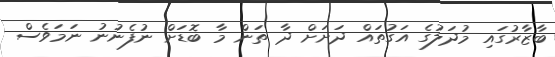
ބާޒާރުގައި މުދަލުގެ އަގުތައް ދަށަށް ދާ ތަން މާ ބޮޑަށް ނުފެނުނު ނަމަވެސް